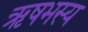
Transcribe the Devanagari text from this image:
ऋषभस्य